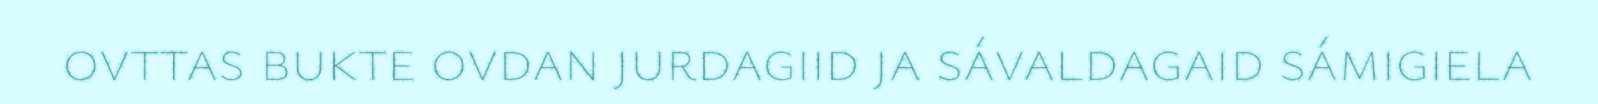
ovttas bukte ovdan jurdagiid ja sávaldagaid sámigiela